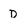
Character: D